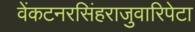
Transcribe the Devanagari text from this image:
वेंकटनरसिंहराजुवारिपेटा